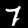
Digit: 7